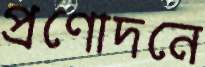
প্রণোদনে